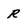
Character: R